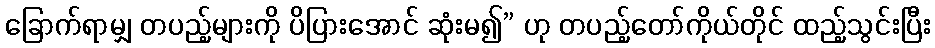
ခြောက်ရာမျှ တပည့်များကို ပိပြားအောင် ဆုံးမ၍” ဟု တပည့်တော်ကိုယ်တိုင် ထည့်သွင်းပြီး